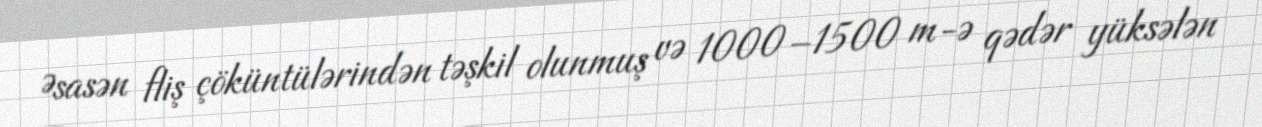
Əsasən fliş çöküntülərindən təşkil olunmuş və 1000–1500 m-ə qədər yüksələn